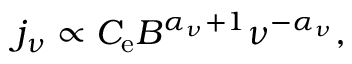
\begin{array} { r } { j _ { \nu } \propto C _ { \mathrm { e } } B ^ { \alpha _ { \nu } + 1 } \nu ^ { - \alpha _ { \nu } } , } \end{array}